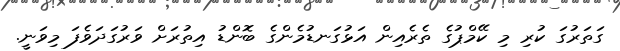
ގަތަރުގަ ކުރި މި ކޭމްޕުގެ ތެރެއިން އަޅުގަނޑުމެންގެ ބޮންޑު އިތުރަށް ވަރުގަދަވެފަ މިވަނީ.